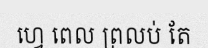
ហ្វេ ពេល ព្រលប់ តែ